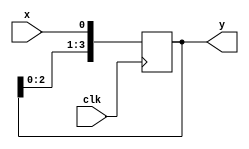
`timescale 1ns / 1ps

module sipo(x,clk,y);
input x,clk;
reg [3:0]a;
output wire [3:0]y;
always@(posedge clk)begin
a[3]<=a[2];
a[2]<=a[1];
a[1]<=a[0];
a[0]<=x;
end 
assign y=a;

endmodule